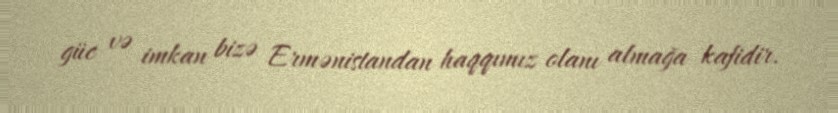
güc və imkan bizə Ermənistandan haqqımız olanı almağa kafidir.